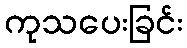
ကုသပေးခြင်း